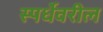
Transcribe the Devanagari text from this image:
स्पर्धेवरील